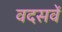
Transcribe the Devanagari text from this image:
वदसवें